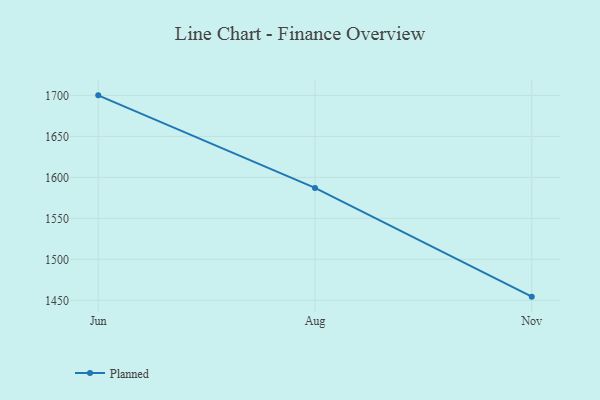
{"axis": {"x": "Month", "y": "Inventory Turnover"}, "legend": ["Planned"], "data": [{"x": "Jun", "y": 1700.0, "type": "Planned"}, {"x": "Aug", "y": 1587.1, "type": "Planned"}, {"x": "Nov", "y": 1454.5, "type": "Planned"}]}